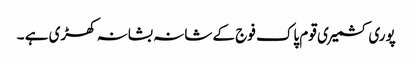
پوری کشمیری قوم پاک فوج کے شانہ بشانہ کھڑی ہے ۔